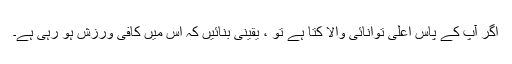
اگر آپ کے پاس اعلی توانائی والا کتا ہے تو ، یقینی بنائیں کہ اس میں کافی ورزش ہو رہی ہے۔